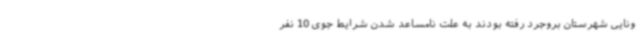
ونایی شهرستان بروجرد رفته بودند به علت نامساعد شدن شرایط جوی 10 نفر